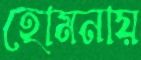
হোমনায়